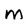
Character: M